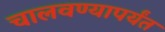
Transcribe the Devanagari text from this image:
चालवण्यापर्यंत